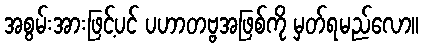
အစွမ်းအားဖြင့်ပင် ပဟာတဗ္ဗအဖြစ်ကို မှတ်ရမည်လော။